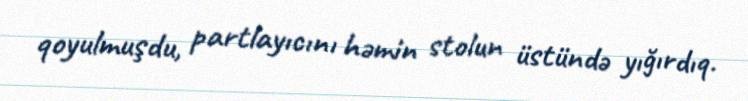
qoyulmuşdu, partlayıcını həmin stolun üstündə yığırdıq.